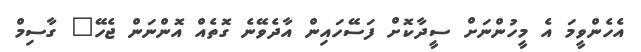
އެހެންވީމަ އެ މީހުންނަށް ސީދާކޮށް ފަސޭހައިން އާދެވޭނެ ގޮތެއް އޮންނަން ޖެހޭ" ގާސިމް